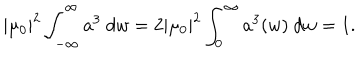
LaTeX: | \mu _ { 0 } | ^ { 2 } \int _ { - \infty } ^ { \infty } a ^ { 3 } ~ d w = 2 | \mu _ { 0 } | ^ { 2 } \int _ { 0 } ^ { \infty } a ^ { 3 } ( w ) ~ d w = 1 .